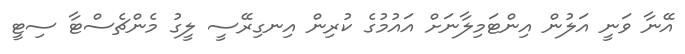
އޭނާ ވަނީ އަލުން އިންޓަމިލާނަށް އައުމުގެ ކުރިން އިނގިރޭސީ ލީގު މެންޗެސްޓާ ސިޓީ